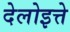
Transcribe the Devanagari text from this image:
देलोइत्ते